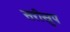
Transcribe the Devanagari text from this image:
सरीस्रुप